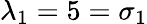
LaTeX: \lambda_{1}=5=\sigma_{1}